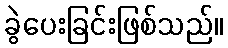
ခွဲပေးခြင်းဖြစ်သည်။